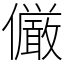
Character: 𠑊